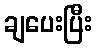
ချပေးပြီး